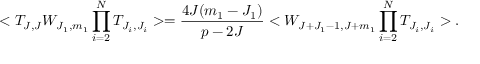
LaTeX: < T _ { J , J } W _ { J _ { 1 } , m _ { 1 } } \prod _ { i = 2 } ^ { N } T _ { J _ { i } , J _ { i } } > = \frac { 4 J ( m _ { 1 } - J _ { 1 } ) } { p - 2 J } < W _ { J + J _ { 1 } - 1 , J + m _ { 1 } } \prod _ { i = 2 } ^ { N } T _ { J _ { i } , J _ { i } } > .